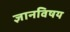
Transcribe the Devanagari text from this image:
ज्ञानविषय